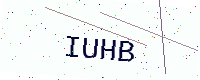
Text: IUHB